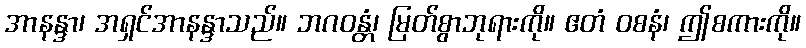
အာနန္ဒာ၊ အရှင်အာနန္ဒာသည်။ ဘဂဝန္တံ၊ မြတ်စွာဘုရားကို။ ဧတံ ဝစနံ၊ ဤစကားကို။